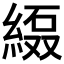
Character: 𱹻